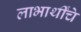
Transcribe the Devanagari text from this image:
लाभार्थींचे